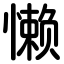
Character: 懒